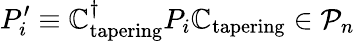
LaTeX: P_{i}^{\prime}\equiv\mathbb{C}_{\mathrm{{tapering}}}^{\dagger}P_{i}\mathbb{C}_{\mathrm{{tapering}}}\in\mathcal{{P}}_{n}